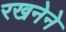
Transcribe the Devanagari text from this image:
रखनेने